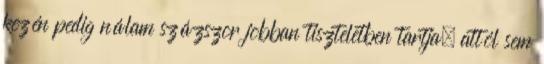
kezén pedig nálam százszor jobban tiszteletben tartja, attól sem